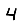
Digit: 4